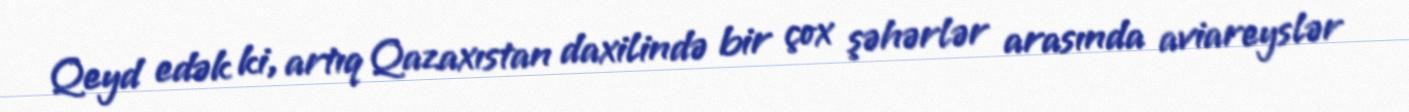
Qeyd edək ki, artıq Qazaxıstan daxilində bir çox şəhərlər arasında aviareyslər